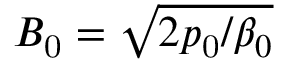
B _ { \mathrm { 0 } } = \sqrt { 2 p _ { \mathrm { 0 } } / \beta _ { 0 } }